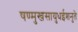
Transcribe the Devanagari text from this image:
षण्मुखसायुधईशनुते